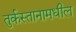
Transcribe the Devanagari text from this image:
तुर्कस्तानामधील